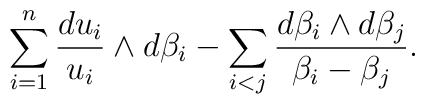
\sum_{i=1}^n \frac{du_i}{u_i}\wedge  d\beta_i-\sum_{i<j}\frac{d\beta_i\wedge d\beta_j}{\beta_i-\beta_j} .